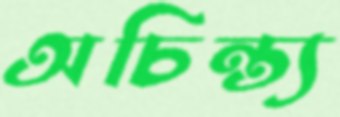
অচিন্ত্য